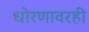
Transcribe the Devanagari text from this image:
धोरणावरही